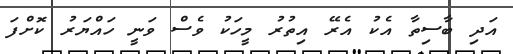
އަދި ބާސިތާ އެކު އެރޭ އިތުރު މީހަކު ވެސް ވަނީ ހައްޔަރު ކޮށްފަ